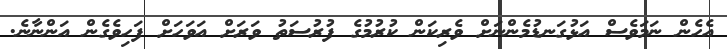
އެހެން ނަމަވެސް އަޅުގަނޑުމެންނަށް ވެރިކަން ކުރުމުގެ ފުރުސަތު ވަރަށް އަވަހަށް ފަހިވެގެން އަންނާނެ.